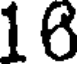
16